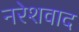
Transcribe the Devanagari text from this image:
नरेशवाद